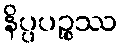
နိပ္ပပဉ္စဿ